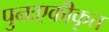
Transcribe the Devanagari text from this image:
पुनःएकीकृत